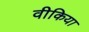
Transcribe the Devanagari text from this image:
वीकिया